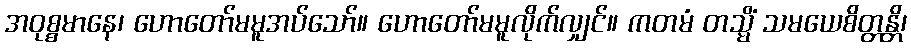
အဝုစ္စမာနေ၊ ဟောတော်မမူအပ်သော်။ ဟောတော်မမူလိုက်လျှင်။ ကတမံ တသ္မိံ သမယေစိတ္တန္တိ၊